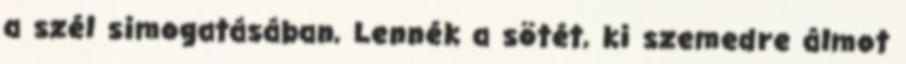
a szél simogatásában, Lennék a sötét, ki szemedre álmot